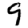
Digit: 9